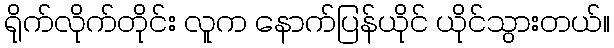
ရိုက်လိုက်တိုင်း လူက နောက်ပြန်ယိုင် ယိုင်သွားတယ်။